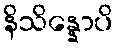
နိသိန္နောပိ